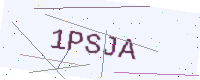
Text: 1PSJA